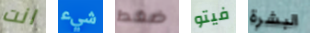
انت شيء ضغط فيتو البشرة